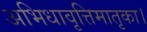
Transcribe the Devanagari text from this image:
अभिधावृत्तिमातृका।